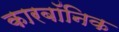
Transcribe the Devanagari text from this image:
कारबॉनिक